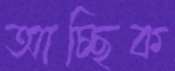
আচ্ছিক